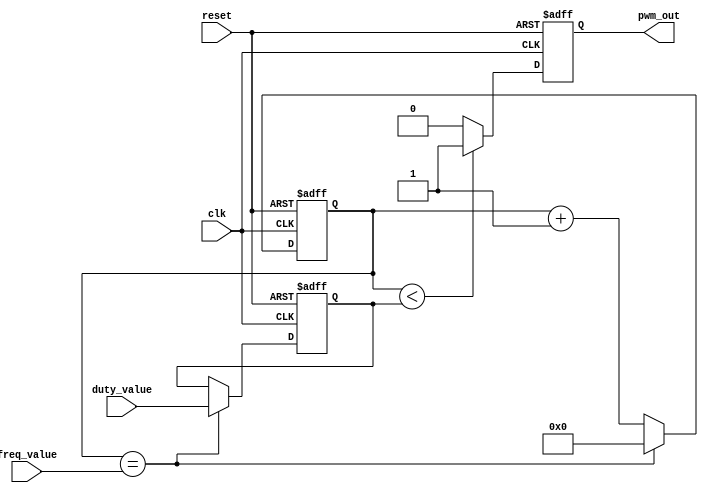
module pwm_timer (
    input wire clk,                // clock signal
    input wire reset,              // reset signal
    input wire [15:0] freq_value,  // desired frequency value
    input wire [7:0] duty_value,   // desired duty cycle value
    output reg pwm_out             // PWM output signal
);

reg [15:0] counter = 16'd0;       // counter for frequency
reg [7:0] duty_cycle = 8'd0;      // duty cycle value

always @(posedge clk or posedge reset) begin
    if (reset) begin
        counter <= 16'd0;
        duty_cycle <= 8'd0;
        pwm_out <= 1'b0;
    end else begin
        if (counter == freq_value) begin
            counter <= 16'd0;
            duty_cycle <= duty_value;
        end else begin
            counter <= counter + 1;
        end
        
        if (counter < duty_cycle) begin
            pwm_out <= 1'b1;
        end else begin
            pwm_out <= 1'b0;
        end
    end
end

endmodule